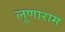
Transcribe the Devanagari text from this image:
लूणाराम